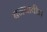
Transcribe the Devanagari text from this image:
बनवावीत